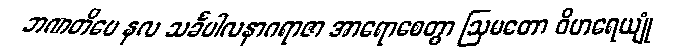
ဘဏတိပေ နလ သင်္ခပါလနာဂရာဇာ အာရောစေတွာ ဩမတော ဝိဟရေယျုံ